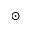
\odot